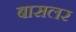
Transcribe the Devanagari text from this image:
बासलर